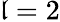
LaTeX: \mathfrak{l}=2